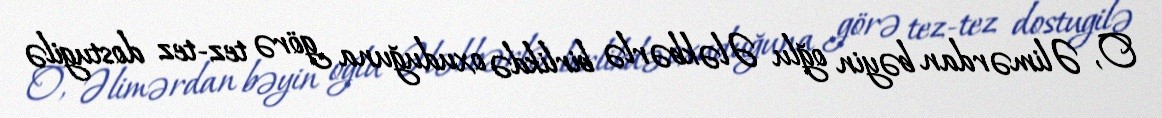
O, Əlimərdan bəyin oğlu Ələkbərlə birlikdə oxuduğuna görə tez-tez dostugilə